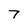
Character: 7